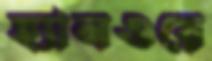
হ্যানওয়ে